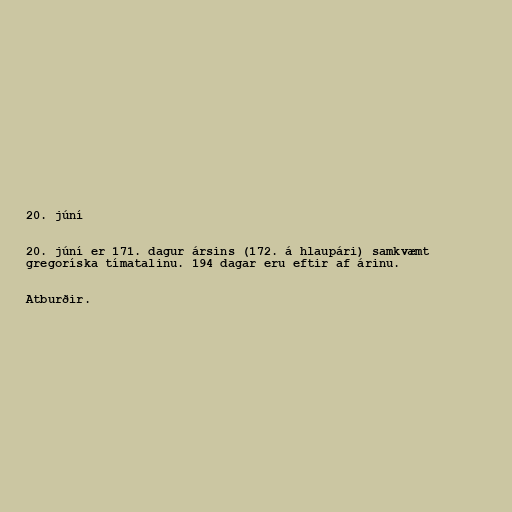
20. júní

20. júní er 171. dagur ársins (172. á hlaupári) samkvæmt
gregoríska tímatalinu. 194 dagar eru eftir af árinu.

Atburðir.